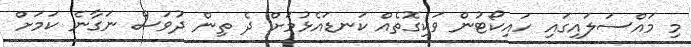
މި މައްސަލައިގައި ހައިކޯޓުން ވަކިގޮތެއް ކަނޑައެޅުމަށް ދެ ތިން ދުވަސް ނަގާނެ ކަމަށް